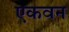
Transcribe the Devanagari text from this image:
एकवन